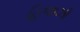
હિજાઝી